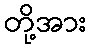
တို့အား